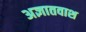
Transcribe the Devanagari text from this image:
अज्ञातवाश